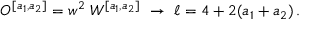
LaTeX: { \cal O } ^ { [ a _ { 1 } , a _ { 2 } ] } = w ^ { 2 } \; W ^ { [ a _ { 1 } , a _ { 2 } ] } \ \rightarrow \ \ell = 4 + 2 ( a _ { 1 } + a _ { 2 } ) \, .